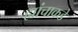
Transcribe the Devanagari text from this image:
ह्यांचाकडे